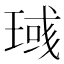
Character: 𱯎